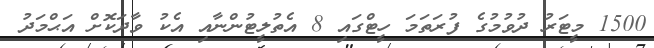
1500 މީޓަރު ދުވުމުގެ ފުރަތަމަ ހީޓްގައި 8 އެތުލީޓުންނާއި އެކު ވާދަކޮށް އަޙްމަދު